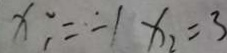
x ; = \dot { - } 1 x _ { 2 } = 3